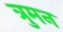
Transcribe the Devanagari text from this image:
त्रुमन